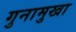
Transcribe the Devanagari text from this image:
गुनामुखा